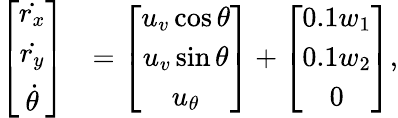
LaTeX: \begin{array}{rl}{\left[\begin{array}{c}{\dot{r_{x}}}\\ {\dot{r_{y}}}\\ {\dot{\theta}}\end{array}\right]}&{=\left[\begin{array}{c}{u_{v}\cos\theta}\\ {u_{v}\sin\theta}\\ {u_{\theta}}\end{array}\right]+\left[\begin{array}{c}{0.1w_{1}}\\ {0.1w_{2}}\\ {0}\end{array}\right],}\end{array}